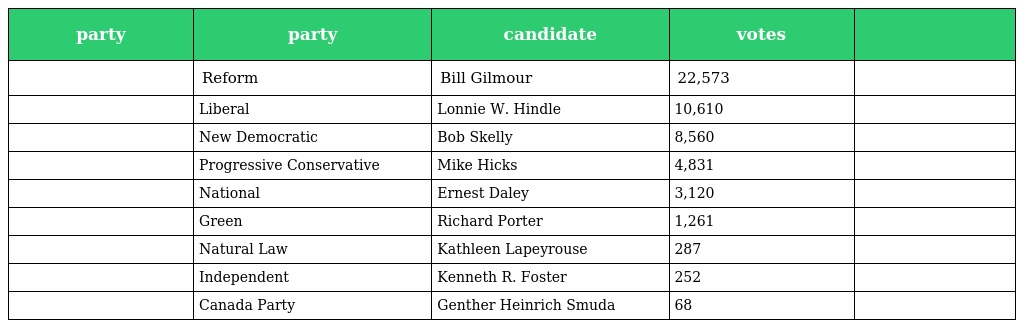
| party | party | candidate | votes |  |
 | --- | --- | --- | --- | --- |
 |  | Reform | Bill Gilmour | 22,573 |  |
 |  | Liberal | Lonnie W. Hindle | 10,610 |  |
 |  | New Democratic | Bob Skelly | 8,560 |  |
 |  | Progressive Conservative | Mike Hicks | 4,831 |  |
 |  | National | Ernest Daley | 3,120 |  |
 |  | Green | Richard Porter | 1,261 |  |
 |  | Natural Law | Kathleen Lapeyrouse | 287 |  |
 |  | Independent | Kenneth R. Foster | 252 |  |
 |  | Canada Party | Genther Heinrich Smuda | 68 |  |